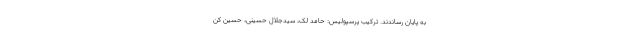
به پایان رساندند. ترکیب پرسپولیس: حامد لک، سیدجلال حسینی، حسین کن